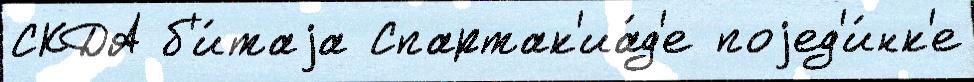
СКДА б'и́таjа Спартак'иа́д'е поjед'и́нк'е